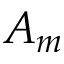
A _ { m }